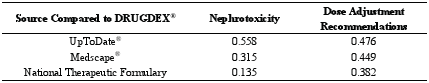
<table><thead><tr><td><b>Source Compared to DRUGDEX<sup>®</sup></b></td><td><b>Nephrotoxicity</b></td><td><b>Dose Adjustment Recommendations</b></td></tr></thead><tbody><tr><td>UpToDate<sup>®</sup></td><td>0.558</td><td>0.476</td></tr><tr><td>Medscape<sup>®</sup></td><td>0.315</td><td>0.449</td></tr><tr><td>National Therapeutic Formulary</td><td>0.135</td><td>0.382</td></tr></tbody></table>